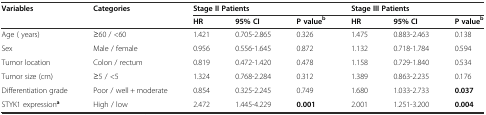
| Variables | Categories | <COLSPAN=3> Stage II Patients | <COLSPAN=3> Stage III Patients |
 |  |  | HR | 95% CI | P valueb | HR | 95% CI | P valueb |
 | --- | --- | --- | --- | --- | --- | --- | --- |
 | Age ( years) | ≥60 / <60 | 1.421 | 0.705-2.865 | 0.326 | 1.475 | 0.883-2.463 | 0.138 |
 | Sex | Male / female | 0.956 | 0.556-1.645 | 0.872 | 1.132 | 0.718-1.784 | 0.594 |
 | Tumor location | Colon / rectum | 0.819 | 0.472-1.420 | 0.478 | 1.158 | 0.729-1.840 | 0.534 |
 | Tumor size (cm) | ≥5 / <5 | 1.324 | 0.768-2.284 | 0.312 | 1.389 | 0.863-2.235 | 0.176 |
 | Differentiation grade | Poor / well + moderate | 0.854 | 0.325-2.245 | 0.749 | 1.680 | 1.033-2.733 | 0.037 |
 | STYK1 expressiona | High / low | 2.472 | 1.445-4.229 | 0.001 | 2.001 | 1.251-3.200 | 0.004 |